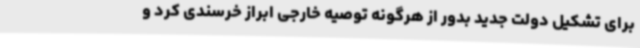
برای تشکیل دولت جدید بدور از هرگونه توصیه خارجی ابراز خرسندی کرد و